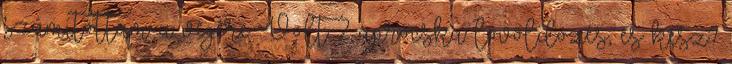
számítottam a végére. Volt 2 aprócska lövöldözés, és kész?